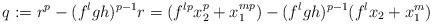
LaTeX: \begin{align*}q:=r^p-(f^lgh)^{p-1}r=(f^{lp}x_2^p+x_1^{mp})-(f^lgh)^{p-1}(f^lx_2+x_1^m) \end{align*}